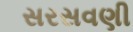
સરસવણી